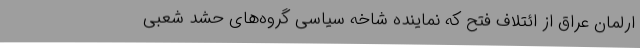
ارلمان عراق از ائتلاف فتح که نماینده شاخه سیاسی گروه‌های حشد شعبی